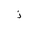
Letter: _thal